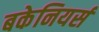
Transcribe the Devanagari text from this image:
बकेनियर्स